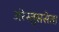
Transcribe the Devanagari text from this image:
अरेस्तुससेता